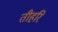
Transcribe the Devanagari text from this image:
तीहरि